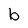
Character: b